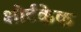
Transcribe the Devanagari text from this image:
शोर्टकेक